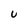
Character: u